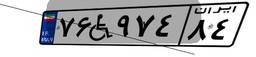
۷۶W۹۷۴۸۴